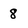
Character: 8